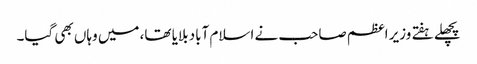
پچھلے ہفتے وزیر اعظم صاحب نے اسلام آباد بلایا تھا، میں وہاں بھی گیا۔